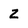
Character: z